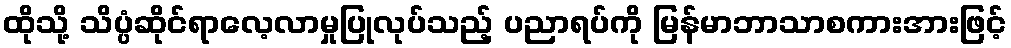
ထိုသို့ သိပ္ပံဆိုင်ရာလေ့လာမှုပြုလုပ်သည့် ပညာရပ်ကို မြန်မာဘာသာစကားအားဖြင့်